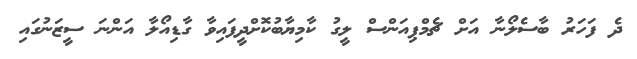
ދެ ފަހަރު ބާސެލޯނާ އަށް ޗެމްޕިއަންސް ލީގު ކާމިޔާބުކޮށްދީފައިވާ ގާޑިއޯލާ އަންނަ ސީޒަނުގައި